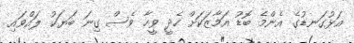
އަޅުގަނޑުގެ އެންމެ ބޮޑު އަމާޒަކަށް ހެދީ ވީހާ ވެސް ގިނަ ބަޔަކު ލައްވައި